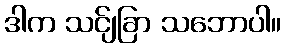
ဒါက သင်ျခြာ သဘောပါ။